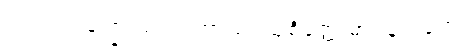
သလ္လံ ကဏ္ဍေ သလာကာယံ၊ သုစိတ္တေ ဓာဝနံ ဂတေ။